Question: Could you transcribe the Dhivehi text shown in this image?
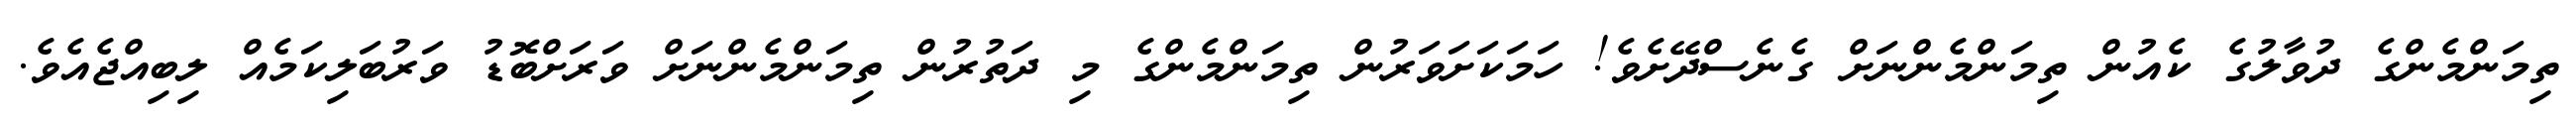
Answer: ތިމަންމެންގެ ދުވާލުގެ ކެއުން ތިމަންމެންނަށް ގެނެސްދޭށެވެ! ހަމަކަށަވަރުން ތިމަންމެންގެ މި ދަތުރުން ތިމަންމެންނަށް ވަރަށްބޮޑު ވަރުބަލިކަމެއް ލިބިއްޖެއެވެ.